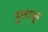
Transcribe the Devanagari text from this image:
हुलाकू